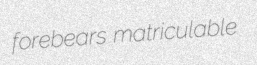
forebears matriculable